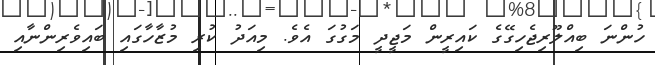
ހުންނަ ބިއްލޫރިޖެހިގޭގެ ކައިރީން މަޖީދީ މަގުގަ އެވެ. މިއަދު ކުރި މުޒާހާގައި ބައިވެރިންނާއި